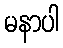
မနာပါ